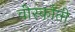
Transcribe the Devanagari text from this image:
वीस्कोंती